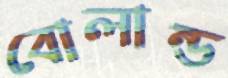
বোলান্ড